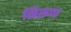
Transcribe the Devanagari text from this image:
निरूण